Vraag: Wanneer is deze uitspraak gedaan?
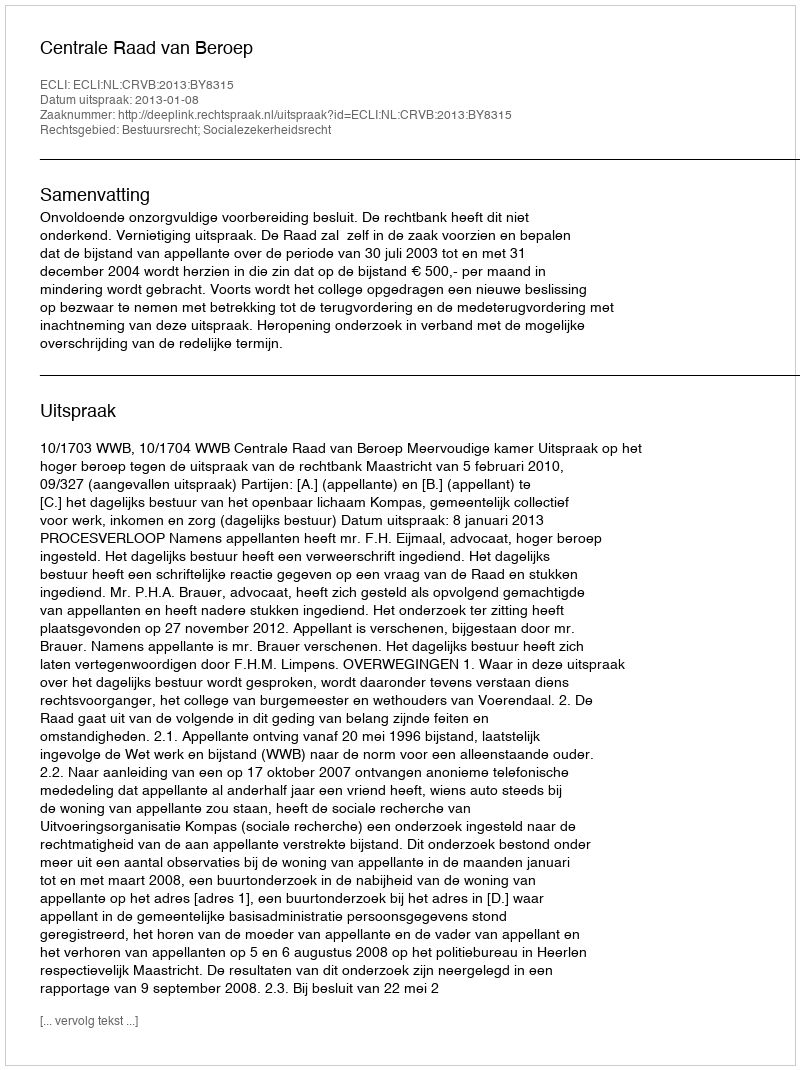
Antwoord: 2013-01-08